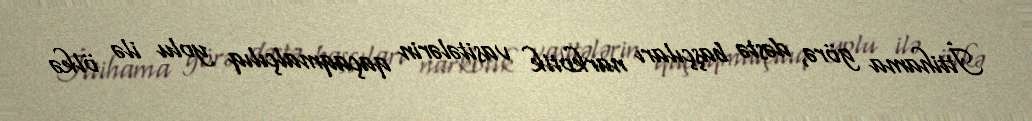
İttihama görə, dəstə başçıları narkotik vasitələrin qaçaqmalçılıq yolu ilə ölkə